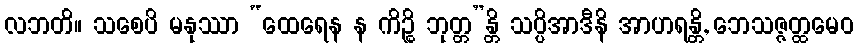
လဘတိ။ သစေပိ မနုဿာ “ထေရေန န ကိဉ္စိ ဘုတ္တ”န္တိ သပ္ပိအာဒီနိ အာဟရန္တိ, ဘေသဇ္ဇတ္ထမေဝ